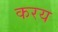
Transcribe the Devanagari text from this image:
करय